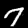
Digit: 7